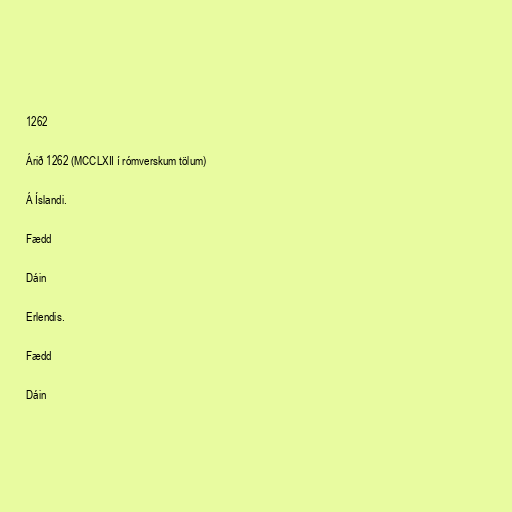
1262

Árið 1262 (MCCLXII í rómverskum tölum)

Á Íslandi.

Fædd

Dáin

Erlendis.

Fædd

Dáin